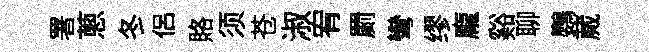
署蔥冬侣賂须苍淑宥罽彎缪龐谿聊鸚蕆